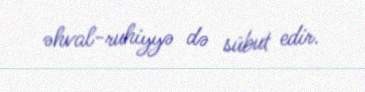
əhval-ruhiyyə də sübut edir.